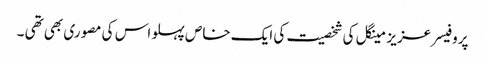
پروفیسر عزیز مینگل کی شخصیت کی ایک خاص پہلو اس کی مصوری بھی تھی ۔